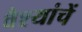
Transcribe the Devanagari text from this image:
वैश्यांचें